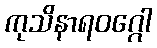
ကုသိနာရဝဂ္ဂေါ